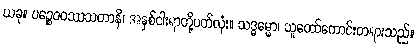
ယခု။ ပဉ္စေဝဝဿသတာနိ၊ အနှစ်ငါးရာတို့ပတ်လုံး။ သဒ္ဓမ္မော၊ သူတော်ကောင်းတရားသည်။